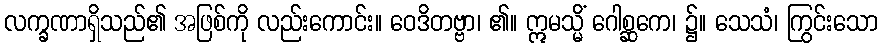
လက္ခဏာရှိသည်၏ အဖြစ်ကို လည်းကောင်း။ ဝေဒိတဗ္ဗာ၊ ၏။ ဣမသ္မိံ ဂေါစ္ဆကေ၊ ၌။ သေသံ၊ ကြွင်းသော